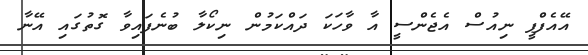
އޭއެފްޕީ ނިއުސް އެޖެންސީ އާ ވާހަކަ ދައްކަމުން ނިކޯލާ ބުނެފައިވާ ގޮތުގައި އޭނާ